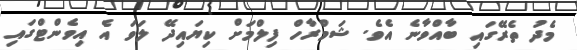
މެދު ތެރޭގައި ބާއްވާނެ އެވެ. ޝަމްރާހް ފިލްމަށް ކިޔައިދޭ ލަވަ އެ އިވެންޓްގައި